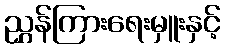
ညွှန်ကြားရေးမှူးနှင့်